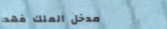
مدخل الملك فهد